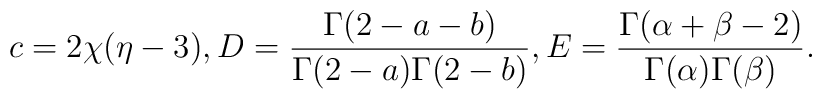
c=2\chi(\eta-3),D=\frac{\Gamma(2-a-b)}{\Gamma(2-a)\Gamma(2-b)},E=\frac{\Gamma(\alpha+\beta-2)}{\Gamma(\alpha)\Gamma(\beta)}.